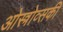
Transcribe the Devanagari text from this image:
ओस्त्रोव्सकी